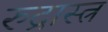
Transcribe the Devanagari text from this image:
रुद्रास्त्र